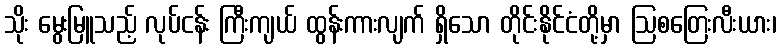
သိုး မွေးမြူသည့် လုပ်ငန်း ကြီးကျယ် ထွန်းကားလျက် ရှိသော တိုင်းနိုင်ငံတို့မှာ ဩစတြေးလီးယား၊